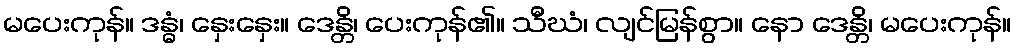
မပေးကုန်။ ဒန္ဓံ၊ နှေးနှေး။ ဒေန္တိ၊ ပေးကုန်၏။ သီဃံ၊ လျင်မြန်စွာ။ နော ဒေန္တိ၊ မပေးကုန်။